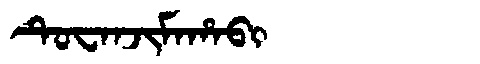
Manchu: ᡨᡠᠸᠠᠨᠵᡳᠮᠠᡥᠠᠪᡳ
Romanization: TUWANJIMAHABI